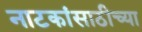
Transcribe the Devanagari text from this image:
नाटकांसाठीच्या